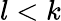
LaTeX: l<k